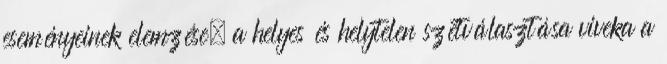
eseményeinek elemzése, a helyes és helytelen szétválasztása viveka a